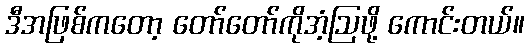
ဒီအဖြစ်ကတော့ တော်တော်ကိုအံ့ဩဖို့ ကောင်းတယ်။